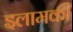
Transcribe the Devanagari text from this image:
इलामकी